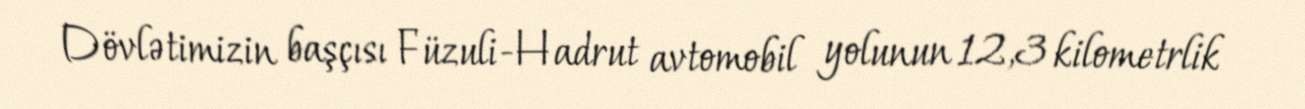
Dövlətimizin başçısı Füzuli-Hadrut avtomobil yolunun 12,3 kilometrlik